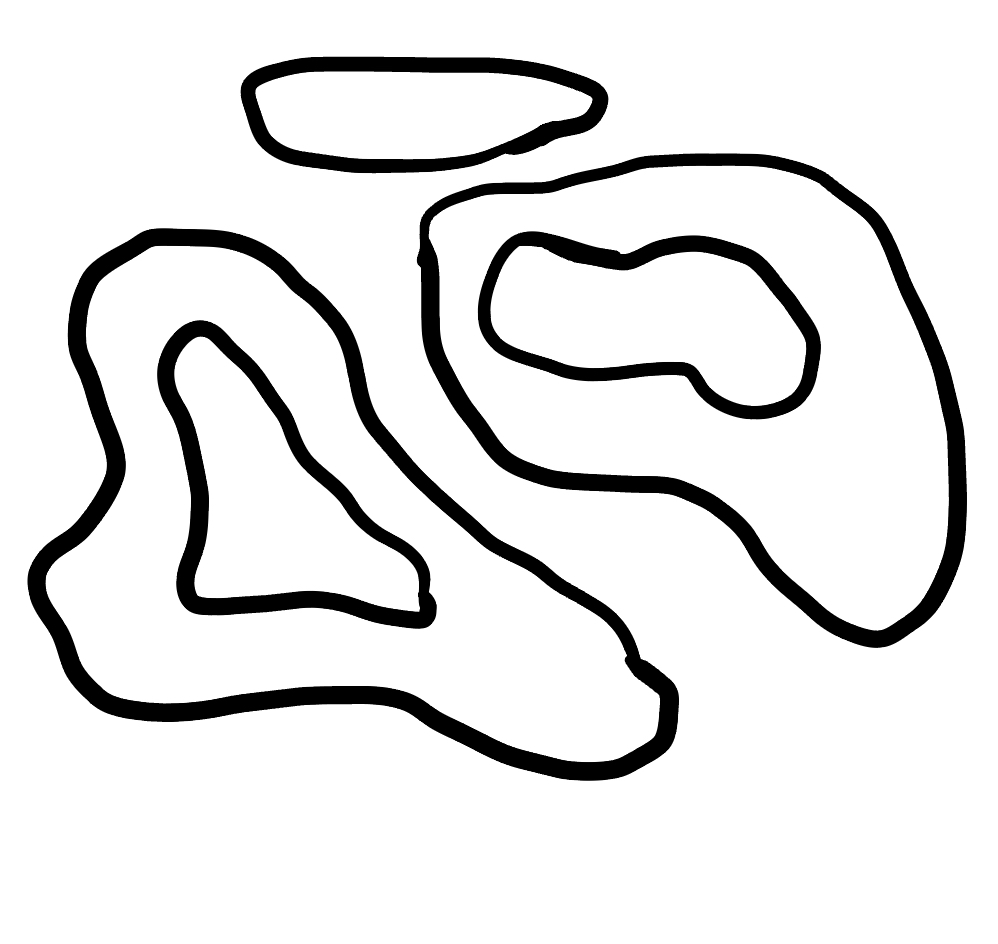
Number of regions (including the outer root region): 6
Containment tree edges (parent, child): 0, 1, 0, 3, 0, 5, 1, 2, 3, 4